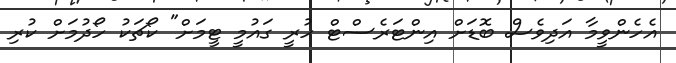
އެހެންވީމާ އަދިވެސް ބޮޑަށް އިންޓަރެސްޓް ހުރީ ގައުމީ ޓީމަށް" ކޯޗަކު ހޯދުމަށް ކުރި